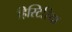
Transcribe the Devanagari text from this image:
हिस्टिरिया